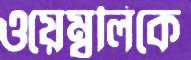
ওয়েম্বলিকে